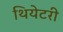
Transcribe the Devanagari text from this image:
थियेटरी